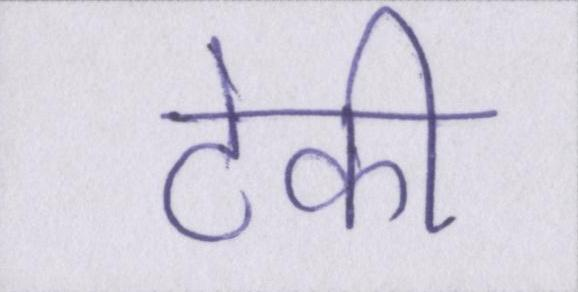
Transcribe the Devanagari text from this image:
टेकी